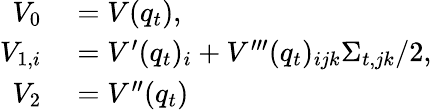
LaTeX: \begin{array}{rl}{V_{0}}&{{}=V(q_{t}),}\\ {V_{1,i}}&{{}=V^{\prime}(q_{t})_{i}+V^{\prime\prime\prime}(q_{t})_{ijk}\Sigma_{t,jk}/2,\mathrm{~}}\\ {V_{2}}&{{}=V^{\prime\prime}(q_{t})}\end{array}